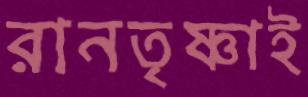
রানতৃষ্ণাই